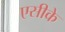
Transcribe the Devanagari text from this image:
एसीके